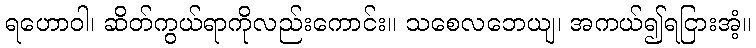
ရဟောဝါ၊ ဆိတ်ကွယ်ရာကိုလည်းကောင်း။ သစေလဘေယျ၊ အကယ်၍ရငြားအံ့။